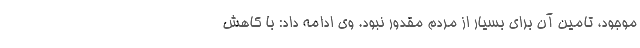
موجود، تامین آن برای بسیار از مردم مقدور نبود. وی ادامه داد: با کاهش